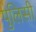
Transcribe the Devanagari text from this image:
पुलिसी